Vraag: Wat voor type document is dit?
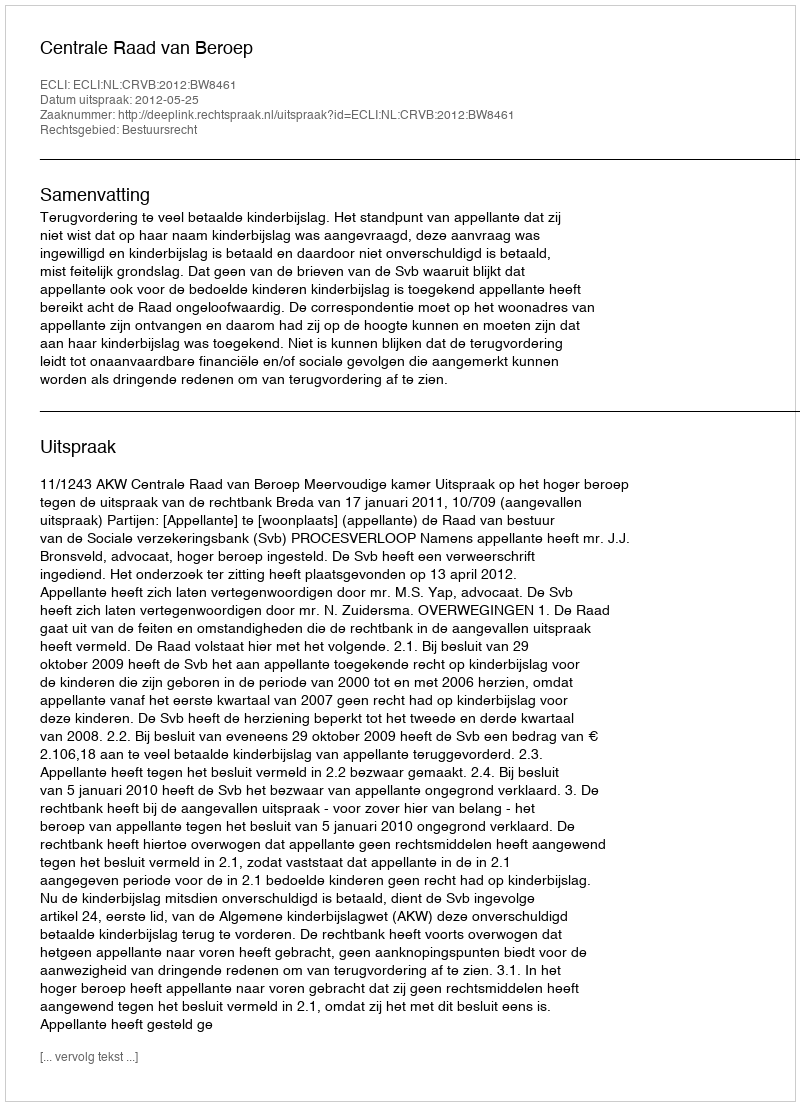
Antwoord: Uitspraak